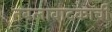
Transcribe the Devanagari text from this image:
तबलावादकाची